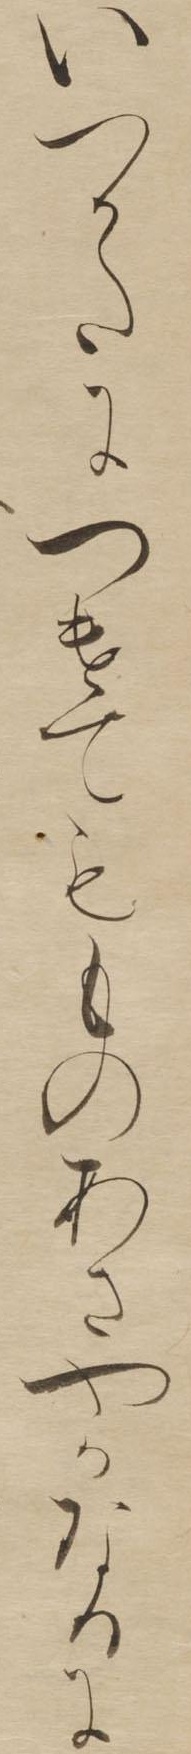
いつかたにつけてもものあさやかなるに